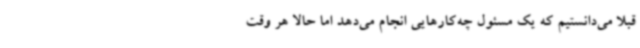
قبلاً می‌دانستیم که یک مسئول چه‌کارهایی انجام می‌دهد اما حالا هر وقت